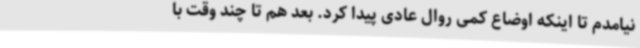
نیامدم تا اینکه اوضاع کمی روال عادی پیدا کرد. بعد هم تا چند وقت با